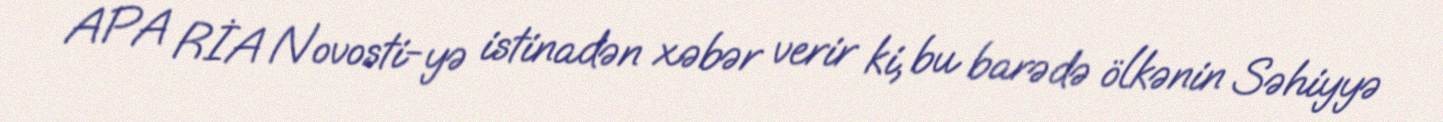
APA RİA Novosti-yə istinadən xəbər verir ki, bu barədə ölkənin Səhiyyə